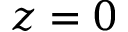
z = 0